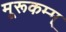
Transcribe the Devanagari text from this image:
मूरूकम्म्